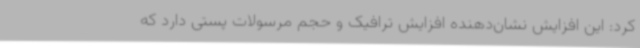
کرد: این افزایش نشان‌دهنده افزایش ترافیک و حجم مرسولات پستی دارد که